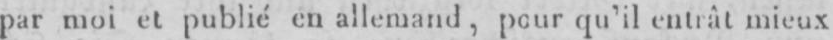
par moi et publié en allemand, pour qu’il entrât mieux